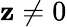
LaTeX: \mathbf{z}\neq0